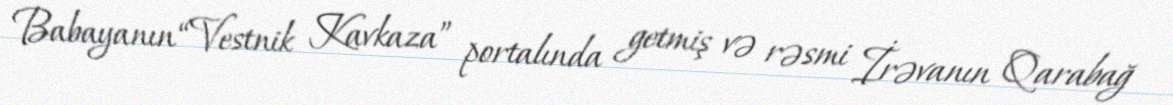
Babayanın “Vestnik Kavkaza” portalında getmiş və rəsmi İrəvanın Qarabağ